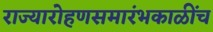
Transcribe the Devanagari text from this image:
राज्यारोहणसमारंभकाळींच